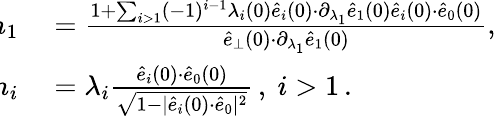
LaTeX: \begin{array}{rl}{\! \! \! \! m_{1}}&{{}=\frac{1+\sum_{i>1}(-1)^{i-1}\lambda_{i}(0)\hat{e}_{i}(0){\cdot}\partial_{\lambda_{1}}\hat{e}_{1}(0)\hat{e}_{i}(0){\cdot}\hat{e}_{0}(0)}{\hat{e}_{\perp}(0){\cdot}\partial_{\lambda_{1}}\hat{e}_{1}(0)},}\\ {\! \! \! \! m_{i}}&{{}=\lambda_{i}\frac{\hat{e}_{i}(0){\cdot}\hat{e}_{0}(0)}{\sqrt{1-|\hat{e}_{i}(0){\cdot}\hat{e}_{0}|^{2}}}\, ,~i>1\, .}\end{array}